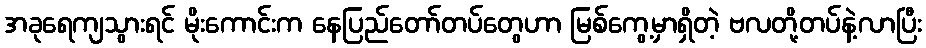
အခုရေကျသွားရင် မိုးကောင်းက နေပြည်တော်တပ်တွေဟာ မြစ်ကွေ့မှာရှိတဲ့ ဗလတို့တပ်နဲ့လာပြီး